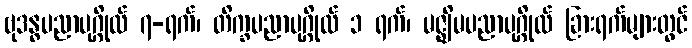
ဗုဒန္ဓပညာပုဂ္ဂိုလ် ၇-ရက်၊ တိက္ခပညာပုဂ္ဂိုလ် ၁ ရက်၊ မဇ္ဈိမပညာပုဂ္ဂိုလ် ခြားရက်များတွင်